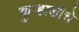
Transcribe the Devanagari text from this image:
कुऱ्हाडीचे